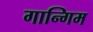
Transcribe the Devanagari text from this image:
गान्गिम